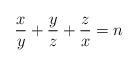
LaTeX: \begin{align*}\frac{x}{y}+\frac{y}{z}+\frac{z}{x}=n\end{align*}